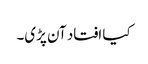
کیا افتاد آن پڑی۔